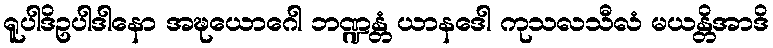
ရူပါဒိဥပါဒါနော အဍ္ဎယောဂေါ ဘဏ္ဍန္တံ ယာနဒေါ ကုသလသီလံ မယန္တိအာဒိ